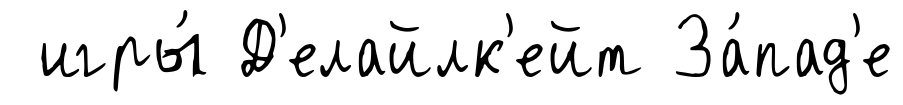
игры́ Д'елайлк'ейт За́пад'е